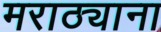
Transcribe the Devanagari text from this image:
मराठ्याना